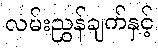
လမ်းညွှန်ချက်နှင့်